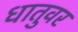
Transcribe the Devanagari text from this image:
धातुवर